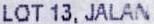
LOT 13, JALAN